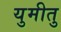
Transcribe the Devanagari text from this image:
युमीतु